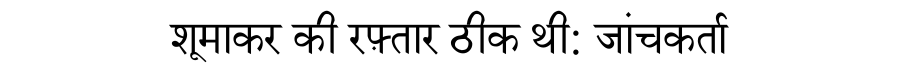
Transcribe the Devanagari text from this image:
शूमाकर की रफ़्तार ठीक थी: जांचकर्ता